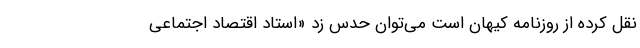
نقل کرده از روزنامه کیهان است می‌توان حدس زد «استاد اقتصاد اجتماعی